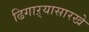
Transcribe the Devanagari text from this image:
ढिगाऱ्यासारखे